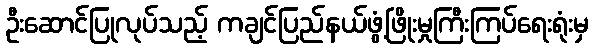
ဦးဆောင်ပြုလုပ်သည့် ကချင်ပြည်နယ်ဖွံ့ဖြိုးမှုကြီးကြပ်ရေးရုံးမှ